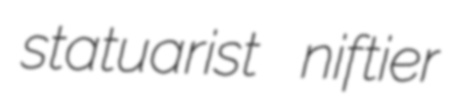
statuarist niftier